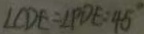
\angle C D E = \angle P D E = 4 5 ^ { \circ }